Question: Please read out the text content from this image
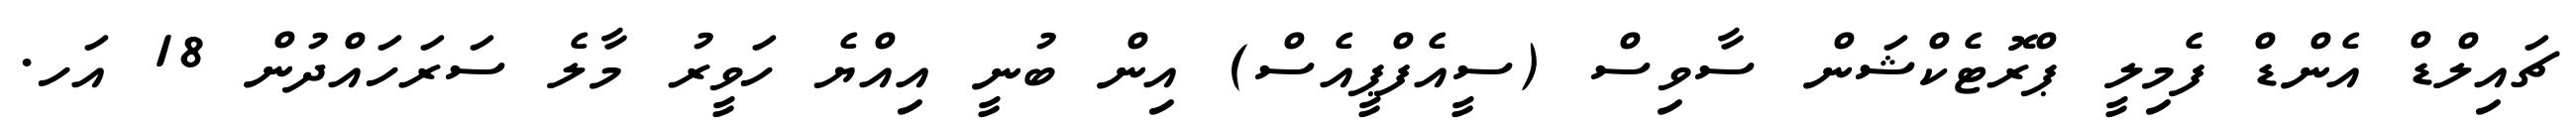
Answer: ޗައިލްޑް އެންޑް ފެމިލީ ޕްރޮޓެކްޝަން ސާވިސް (ސީއެފްޕީއެސް) އިން ބުނީ އިއްޔެ ހަވީރު މާލެ ސަރަހައްދުން 18 އަހ.